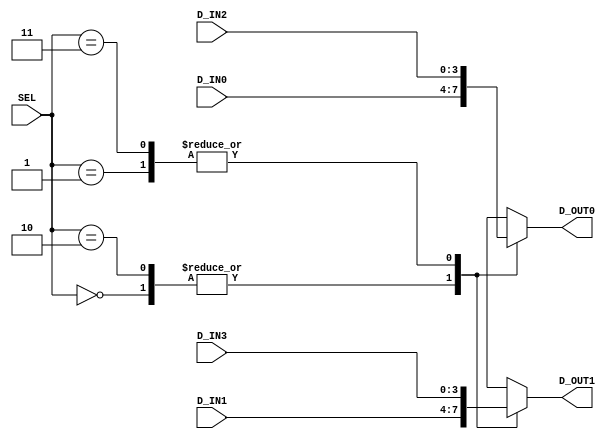
module datamux(D_IN3,D_IN2,D_IN1,D_IN0,SEL,D_OUT1,D_OUT0);

output [3:0] D_OUT1;
output [3:0] D_OUT0;

input [3:0] D_IN3;
input [3:0] D_IN2;
input [3:0] D_IN1;
input [3:0] D_IN0;
input [1:0] SEL;

reg [3:0] D_OUT1;
reg [3:0] D_OUT0;

always
begin
	case(SEL)
		2'b00 : begin 
		        	D_OUT0 <= D_IN0;D_OUT1 <= D_IN1;
				end
		2'b01 : begin 
		        	D_OUT0 <= D_IN2;D_OUT1 <= D_IN3;
		        end
		2'b10 : begin 
		        	D_OUT0 <= D_IN0;D_OUT1 <= D_IN1;
				end
		2'b11 : begin 
		        	D_OUT0 <= D_IN2;D_OUT1 <= D_IN3;
		        end
		default : begin
		          	D_OUT0 <= 4'b0000;D_OUT1 <= 4'b0000;
				  end
	endcase
end
endmodule